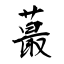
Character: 蕞